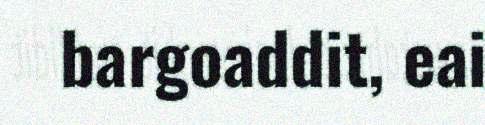
bargoaddit, eai